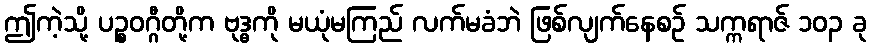
ဤကဲ့သို့ ပဉ္စဝဂ္ဂီတို့က ဗုဒ္ဓကို မယုံမကြည် လက်မခံဘဲ ဖြစ်လျက်နေစဉ် သက္ကရာဇ် ၁၀၃ ခု